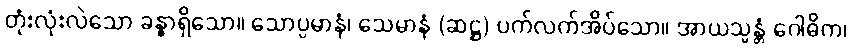
တုံးလုံးလဲသော ခန္ဓာရှိသော။ သောပ္ပမာနံ၊ သေမာနံ (ဆဋ္ဌ) ပက်လက်အိပ်သော။ အာယသ္မန္တံ ဂေါဓိက၊